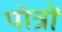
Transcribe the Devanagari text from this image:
पोत्रों